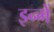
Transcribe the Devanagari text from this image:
इन्‍में